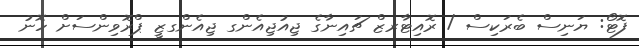
ފޮޓޯ: ޔަނިސް ބެރަކިސް / ރޮއިޓާރޒް ޗައިނާގެ ޖިއުޖިއެންގ ޖިއެންގޒީ ޕްރޮވިންސަށް ހޮނު